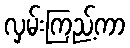
လှမ်းကြည့်ကာ